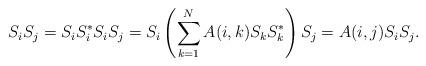
LaTeX: \begin{align*} S_i S_j = S_i S_i^* S_i S_j = S_i \left( \sum_{k=1}^N A(i,k) S_{k} S_{k}^* \right) S_j = A(i,j) S_i S_j.\end{align*}